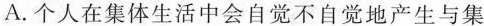
A.个人在集体生活中会自觉不自觉地产生与集